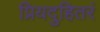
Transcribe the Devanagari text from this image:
प्रियदुहितरं